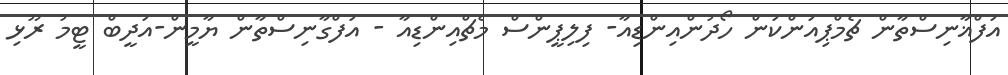
އަފްޣާނިސްތާން ޗެމްޕިއަންކަން ހޯދުންއިންޑިއާ- ފިލިޕީންސް މެޗްއިންޑިއާ - އަފްގާނިސްތާން ޔާމީން-އަދީބް ޓީމު ރޫޅި